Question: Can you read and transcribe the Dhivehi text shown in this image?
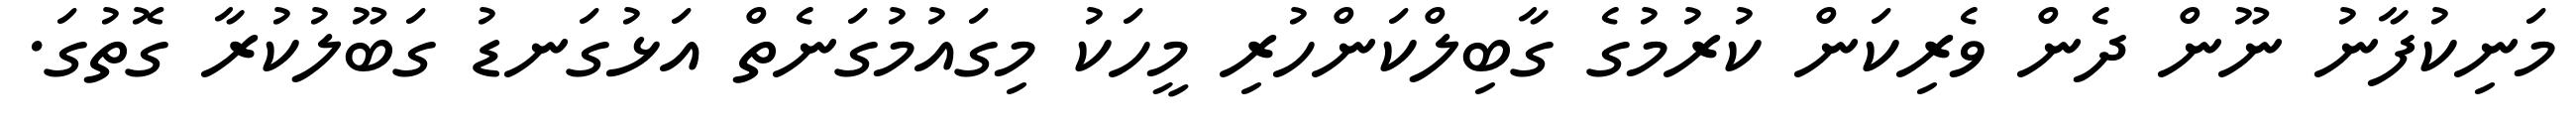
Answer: މަނިކުފާނު ނޫން ދެން ވެރިކަން ކުރުމުގެ ގާބިލްކަންހުރި މީހަކު މިގައުމުގަނެތް އަޅުގަނޑު ގަބޫލުކުރާ ގޮތުގަ.